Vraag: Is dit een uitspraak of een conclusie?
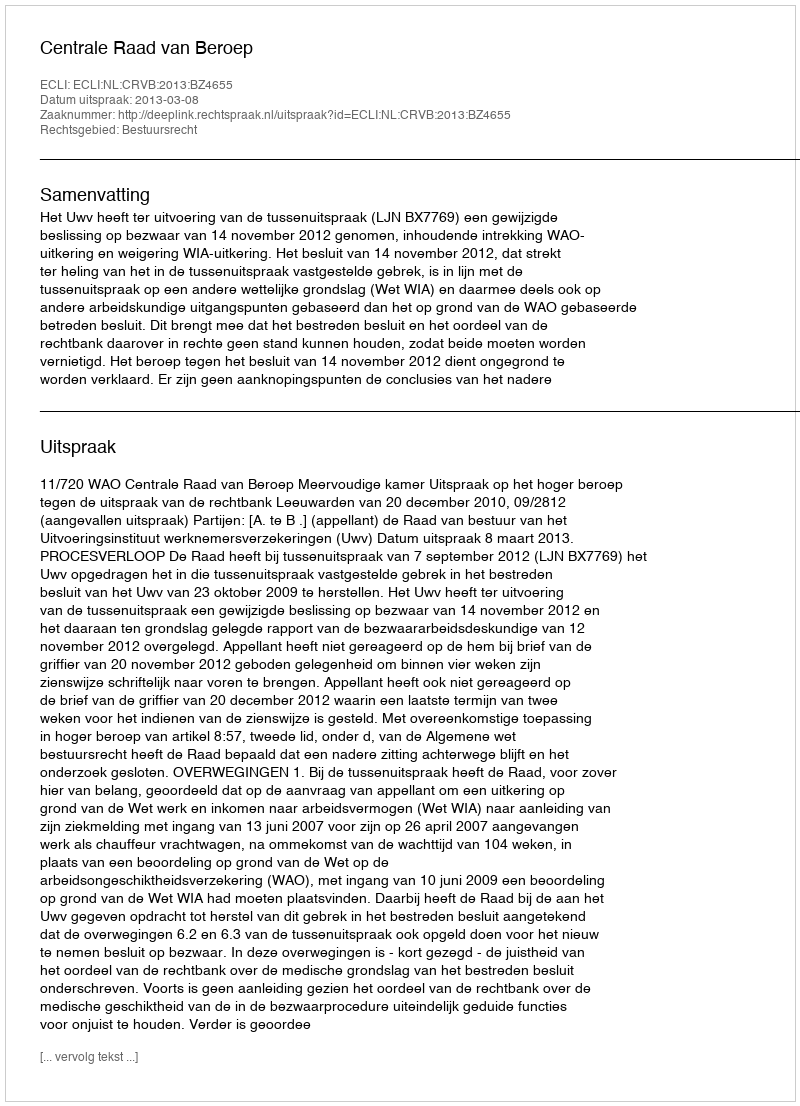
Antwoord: Uitspraak